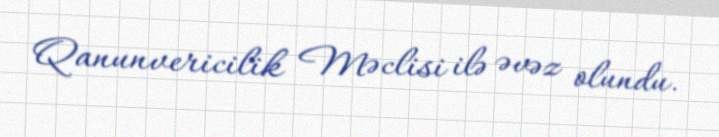
Qanunvericilik Məclisi ilə əvəz olundu.